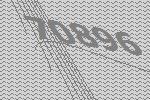
70896